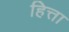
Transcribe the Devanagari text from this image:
हित्ता